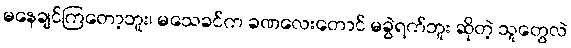
မနေချင်ကြတော့ဘူး၊ မသေခင်က ခဏလေးတောင် မခွဲရက်ဘူး ဆိုတဲ့ သူတွေလဲ